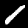
Digit: 1